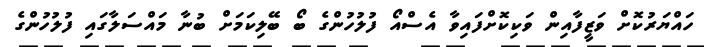
ހައްޔަރުކޮށް ވަޒީފާއިން ވަކިކޮށްފައިވާ އެސްއޯ ފުލުހުންގެ ބޯ ބޭލިކަމަށް ބުނާ މައްސަލާގައި ފުލުހުންގެ